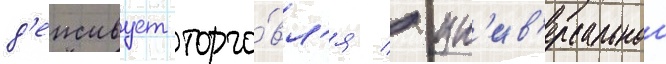
д'еиствует торго́вл'я / ун'ив'ерсальнои